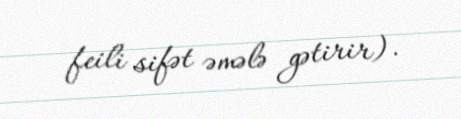
feili sifət əmələ gətirir).